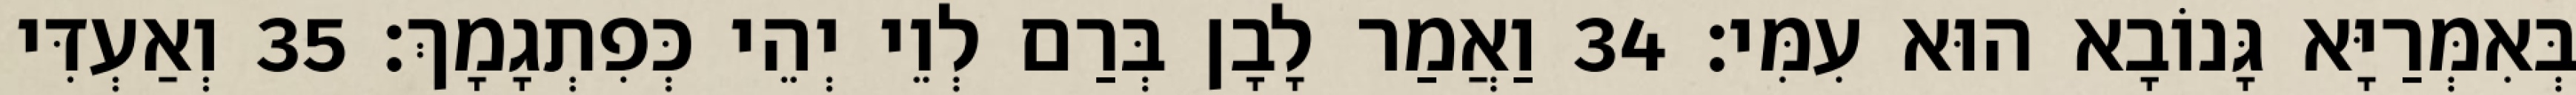
בְּאִמְּרַיָּא גָּנוֹבָא הוּא עִמִּי׃ 34 וַאֲמַר לָבָן בְּרַם לְוֵי יְהֵי כְּפִתְגָמָךְ׃ 35 וְאַעְדִּי